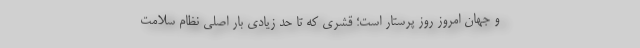
و جهان امروز روز پرستار است؛ قشری که تا حد زیادی بار اصلی نظام سلامت